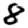
Digit: 8